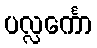
ပလ္လင်္ကော